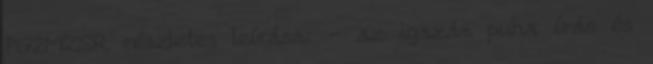
PG2MZSR részletes leírása: - az igazán puha írás és